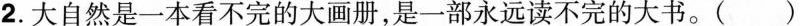
2.大自然是一本看不完的大画册，是一部永远读不完的大书。( )